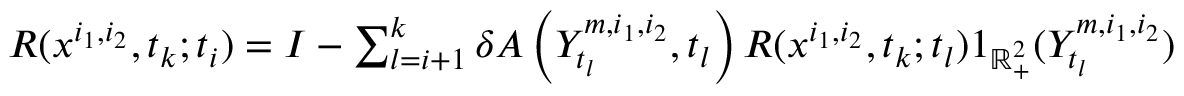
\begin{array} { r } { R ( x ^ { i _ { 1 } , i _ { 2 } } , t _ { k } ; t _ { i } ) = I - \sum _ { l = i + 1 } ^ { k } \delta A \left( Y _ { t _ { l } } ^ { m , i _ { 1 } , i _ { 2 } } , t _ { l } \right) R ( x ^ { i _ { 1 } , i _ { 2 } } , t _ { k } ; t _ { l } ) 1 _ { \mathbb { R } _ { + } ^ { 2 } } ( Y _ { t _ { l } } ^ { m , i _ { 1 } , i _ { 2 } } ) } \end{array}